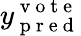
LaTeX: y_{\mathrm{~p~r~e~d~}}^{\mathrm{~v~o~t~e~}}